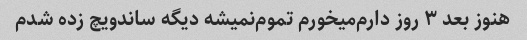
هنوز بعد ۳ روز دارم‌میخورم تموم‌نمیشه دیگه ساندویچ زده شدم